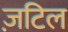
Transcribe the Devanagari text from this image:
ज़टिल